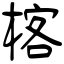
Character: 楁